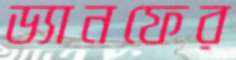
ড্যানফের